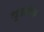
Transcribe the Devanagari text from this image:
श्रुतसोम